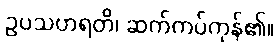
ဥပသဟရတိ၊ ဆက်ကပ်ကုန်၏။